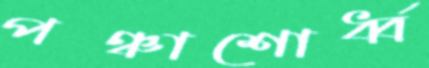
পঞ্চাশোর্ধ্ব